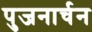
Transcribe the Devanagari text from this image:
पुजनार्चन